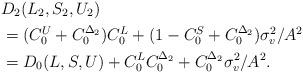
LaTeX: \begin{align*}&D_2(L_2,S_2,U_2) \\&= (C_0^U+C_0^{\Delta_2})C_0^L + (1-C_0^S+C_0^{\Delta_2})\sigma_v^2/A^2\\&= D_0(L,S,U)+C_0^LC_0^{\Delta_2}+C_0^{\Delta_2}\sigma_v^2/A^2.\end{align*}